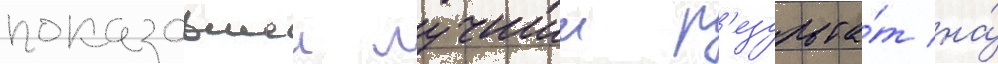
показавшеи лучшии р'езульта́т на́